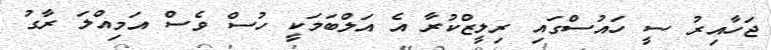
ޖަހާއިރު ސީ ހައުސްގައި ރިލީޒްކުރާ އެ އަލްބަމަކީ ހުސް ވެސް އަމިއްލަ ރާގު